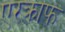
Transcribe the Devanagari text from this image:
एरक्राफ